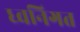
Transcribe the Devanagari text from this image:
ध्वनिगत